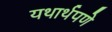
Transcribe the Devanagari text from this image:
यथार्थपणे